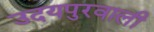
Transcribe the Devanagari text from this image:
उदयपुरवाली